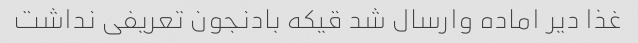
غذا دیر اماده وارسال شد قیکه بادنجون تعریفی نداشت